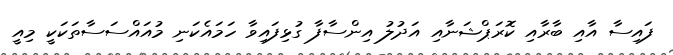
ފައިސާ އާއި ބާރާއި ކޮރަޕްޝަނާއި އަދުލު އިންސާފާ ގުޅިފައިވާ ހަމައެކަނި މުއައްސަސާތަކަކީ މިއީ